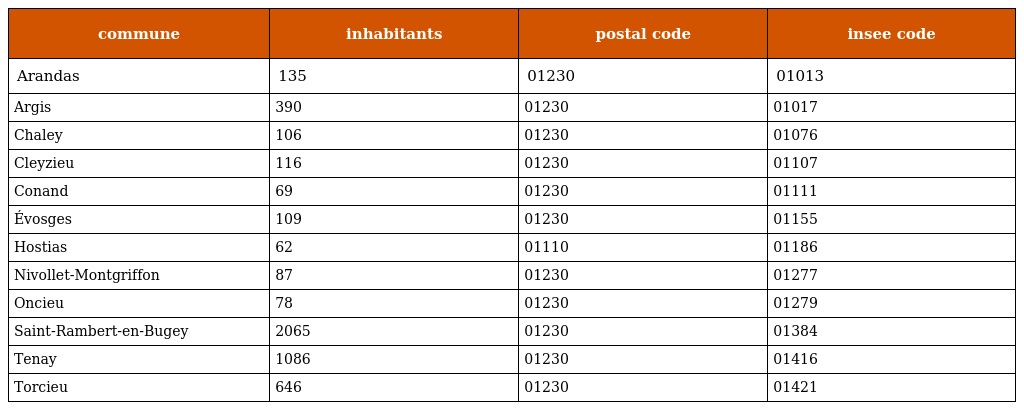
| commune | inhabitants | postal code | insee code |
 | --- | --- | --- | --- |
 | Arandas | 135 | 01230 | 01013 |
 | Argis | 390 | 01230 | 01017 |
 | Chaley | 106 | 01230 | 01076 |
 | Cleyzieu | 116 | 01230 | 01107 |
 | Conand | 69 | 01230 | 01111 |
 | Évosges | 109 | 01230 | 01155 |
 | Hostias | 62 | 01110 | 01186 |
 | Nivollet-Montgriffon | 87 | 01230 | 01277 |
 | Oncieu | 78 | 01230 | 01279 |
 | Saint-Rambert-en-Bugey | 2065 | 01230 | 01384 |
 | Tenay | 1086 | 01230 | 01416 |
 | Torcieu | 646 | 01230 | 01421 |